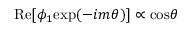
\mathrm { R e } [ \phi _ { 1 } \mathrm { e x p } ( - i m \theta ) ] \propto \mathrm { c o s } \theta